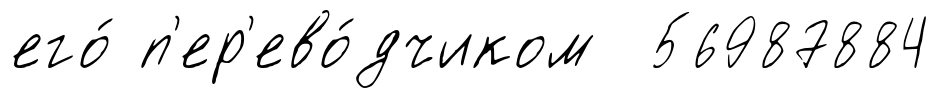
его́ п'ер'ево́дчиком 56987884